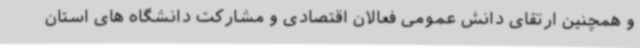
و همچنین ارتقای دانش عمومی فعالان اقتصادی و مشارکت دانشگاه های استان